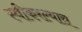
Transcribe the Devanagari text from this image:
स्वीकरल्यास